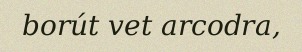
borút vet arcodra,